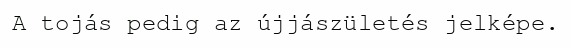
A tojás pedig az újjászületés jelképe.